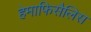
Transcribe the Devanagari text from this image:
हेमाफिसैलिस